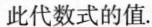
此代数式的值。